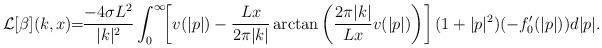
LaTeX: \begin{align*}\mathcal{L}[\beta](k,x)\!\! = \!\! \frac{-4\sigma L^2}{|k|^2}\int_0^{\infty}\!\! \left[v(|p|) - \frac{Lx}{2\pi |k|}\arctan\left(\frac{2\pi |k|}{Lx}v(|p|)\right)\right](1+|p|^2) (-f_0'(|p|))d|p|.\end{align*}